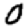
Digit: 0